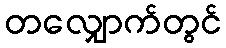
တလျှောက်တွင်